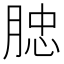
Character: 𦜦